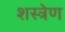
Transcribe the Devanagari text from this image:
शस्त्रेण